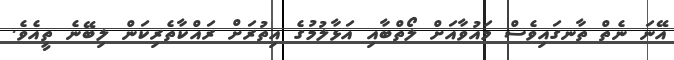
އޭނަ ނެތް ތާނގައިވެސް މައުވާއަށް ލޯތްބާއި އަޅާލުމުގެ އިތުރަށް ރައްކާތެރިކަން ލިބޭނެ ތީއެވެ.